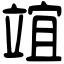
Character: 竩